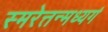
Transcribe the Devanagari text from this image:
स्मरेत्तन्मध्यगं